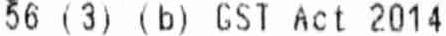
56 (3) (B) GST ACT 2014